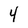
Character: 4